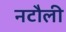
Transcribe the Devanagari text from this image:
नटौली